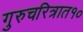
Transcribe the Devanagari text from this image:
गुरुचरित्रात१०